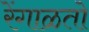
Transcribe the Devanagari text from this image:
रेंगाळतो